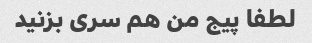
لطفا پیج من هم سری بزنید